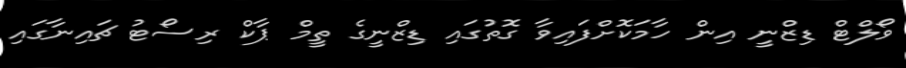
ވޯލްޓް ޑިޒްނީ އިން ހާމަކޮށްފައިވާ ގޮތުގައި ޑިޒްނީގެ ތީމް ޕާކް ރިސޯޓު ޗައިނާގައި